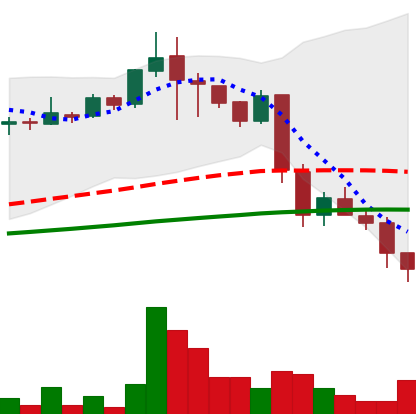
Ticker: LINK-USD
Chart end date: 2018-11-25
Forward return: 24.212%
Label: up_7plus